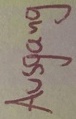
Text: Ausgang